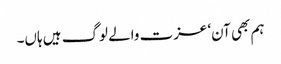
ہم بھی آن‘ عزت والے لوگ ہیں ہاں۔